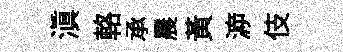
滇輅承晨黄㴑伎